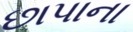
છાપાના